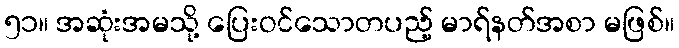
၅၁။ အဆုံးအမသို့ ပြေးဝင်သောတပည့် မာရ်နတ်အစာ မဖြစ်။